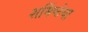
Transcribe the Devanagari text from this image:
शर्मिष्ठेचा